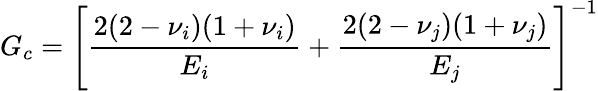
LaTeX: G_{c}=\Bigg[\frac{2(2-\nu_{i})(1+\nu_{i})}{E_{i}}+\frac{2(2-\nu_{j})(1+\nu_{j})}{E_{j}}\Bigg]^{-1}